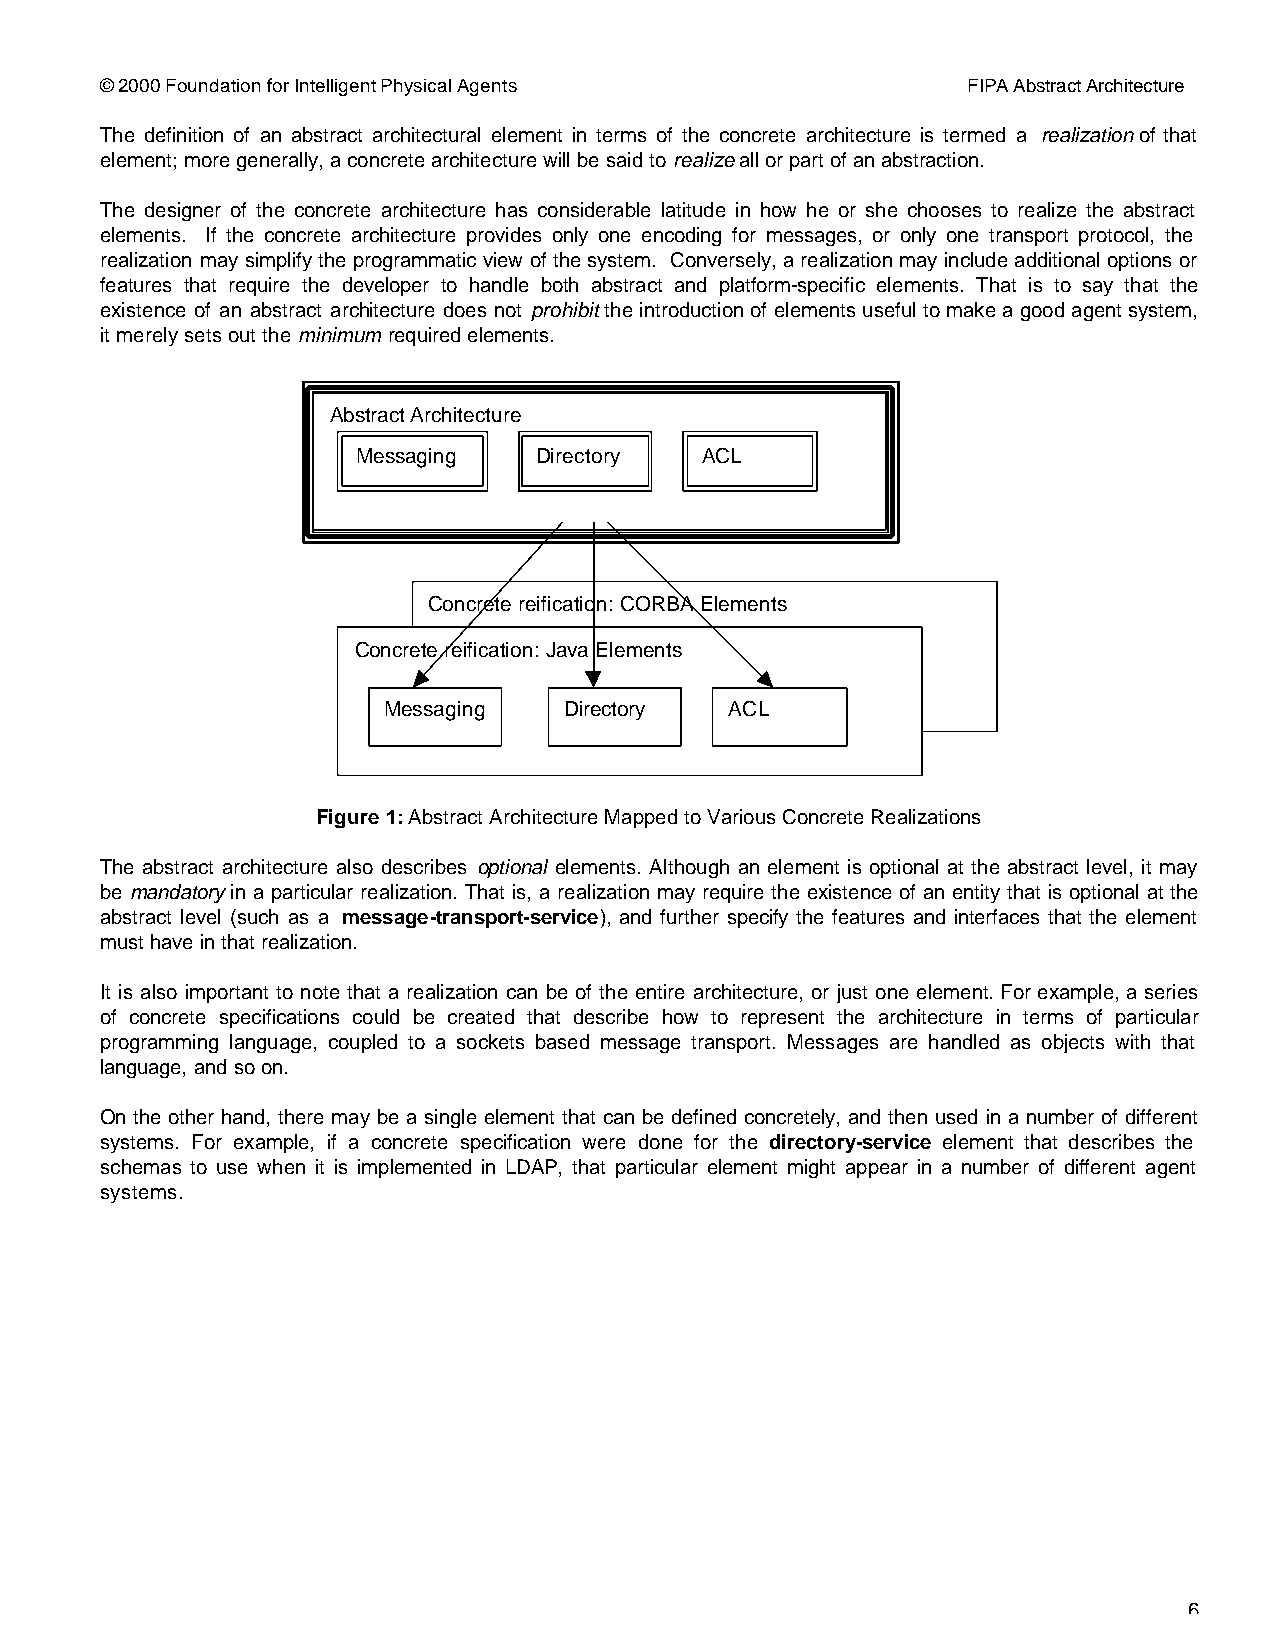
© 2000 Foundation for Intelligent Physical Agents        FIPA Abstract Architecture
 The definition of an abstract architectural element in terms of the concrete architecture is termed a realization of that
 element; more generally, a concrete architecture will be said to realize all or part of an abstraction.
 The designer of the concrete architecture has considerable latitude in how he or she chooses to realize the abstract
 elements. If the concrete architecture provides only one encoding for messages, or only one transport protocol, the
 realization may simplify the programmatic view of the system. Conversely, a realization may include additional options or
 features that require the developer to handle both abstract and platform-specific elements. That is to say that the
 existence of an abstract architecture does not prohibit the introduction of elements useful to make a good agent system,
 it merely sets out the minimum required elements.
 Abstract Architecture
 Messaging  Directory  ACL
 Concrete reification: CORBA Elements
 Concrete reification: Java Elements
 Messaging   Directory  ACL
 Messaging   Directory  ACL
 Figure 1: Abstract Architecture Mapped to Various Concrete Realizations
 The abstract architecture also describes optional elements. Although an element is optional at the abstract level, it may
 be mandatory in a particular realization. That is, a realization may require the existence of an entity that is optional at the
 abstract level (such as a message-transport-service), and further specify the features and interfaces that the element
 must have in that realization.
 It is also important to note that a realization can be of the entire architecture, or just one element. For example, a series
 of concrete specifications could be created that describe how to represent the architecture in terms of particular
 programming language, coupled to a sockets based message transport. Messages are handled as objects with that
 language, and so on.
 On the other hand, there may be a single element that can be defined concretely, and then used in a number of different
 systems. For example, if a concrete specification were done for the directory-service element that describes the
 schemas to use when it is implemented in LDAP, that particular element might appear in a number of different agent
 systems.
 6